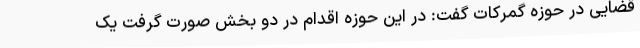
قضایی در حوزه گمرکات گفت: در این حوزه اقدام در دو بخش صورت گرفت یک